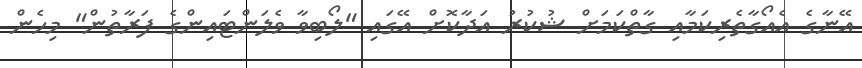
އޭނާގެ އެއޯގާތެރިކަމާއި ގާތްކަމަށް ޝުކުރު އަދާކޮށް އޭގައި "ލޯބިވާ ވެލަންޓައިންގެ ފަރާތުން" މިހެން